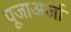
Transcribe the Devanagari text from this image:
पूजाअर्जा